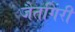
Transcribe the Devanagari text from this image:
जैतगिरी